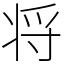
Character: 将